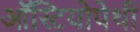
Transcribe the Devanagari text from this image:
ऑस्टियोपेथी